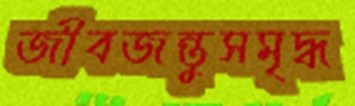
জীবজন্তুসমৃদ্ধ